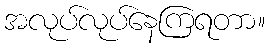
အလုပ်လုပ်နေကြရတာ။